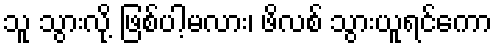
သူ သွားလို့ ဖြစ်ပါ့မလား၊ ဖိလစ် သွားယူရင်ကော